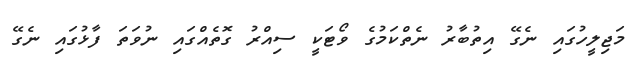
މަޖިލީހުގައި ނެގޭ އިތުބާރު ނެތްކަމުގެ ވޯޓަކީ ސިއްރު ގޮތެއްގައި ނުވަތަ ފާޅުގައި ނެގޭ